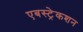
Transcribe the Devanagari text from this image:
एबस्ट्रेकशन